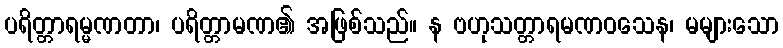
ပရိတ္တာရမ္မဏတာ၊ ပရိတ္တာမဏ၏ အဖြစ်သည်။ န ဗဟုသတ္တာရမဏဝသေန၊ မများသော